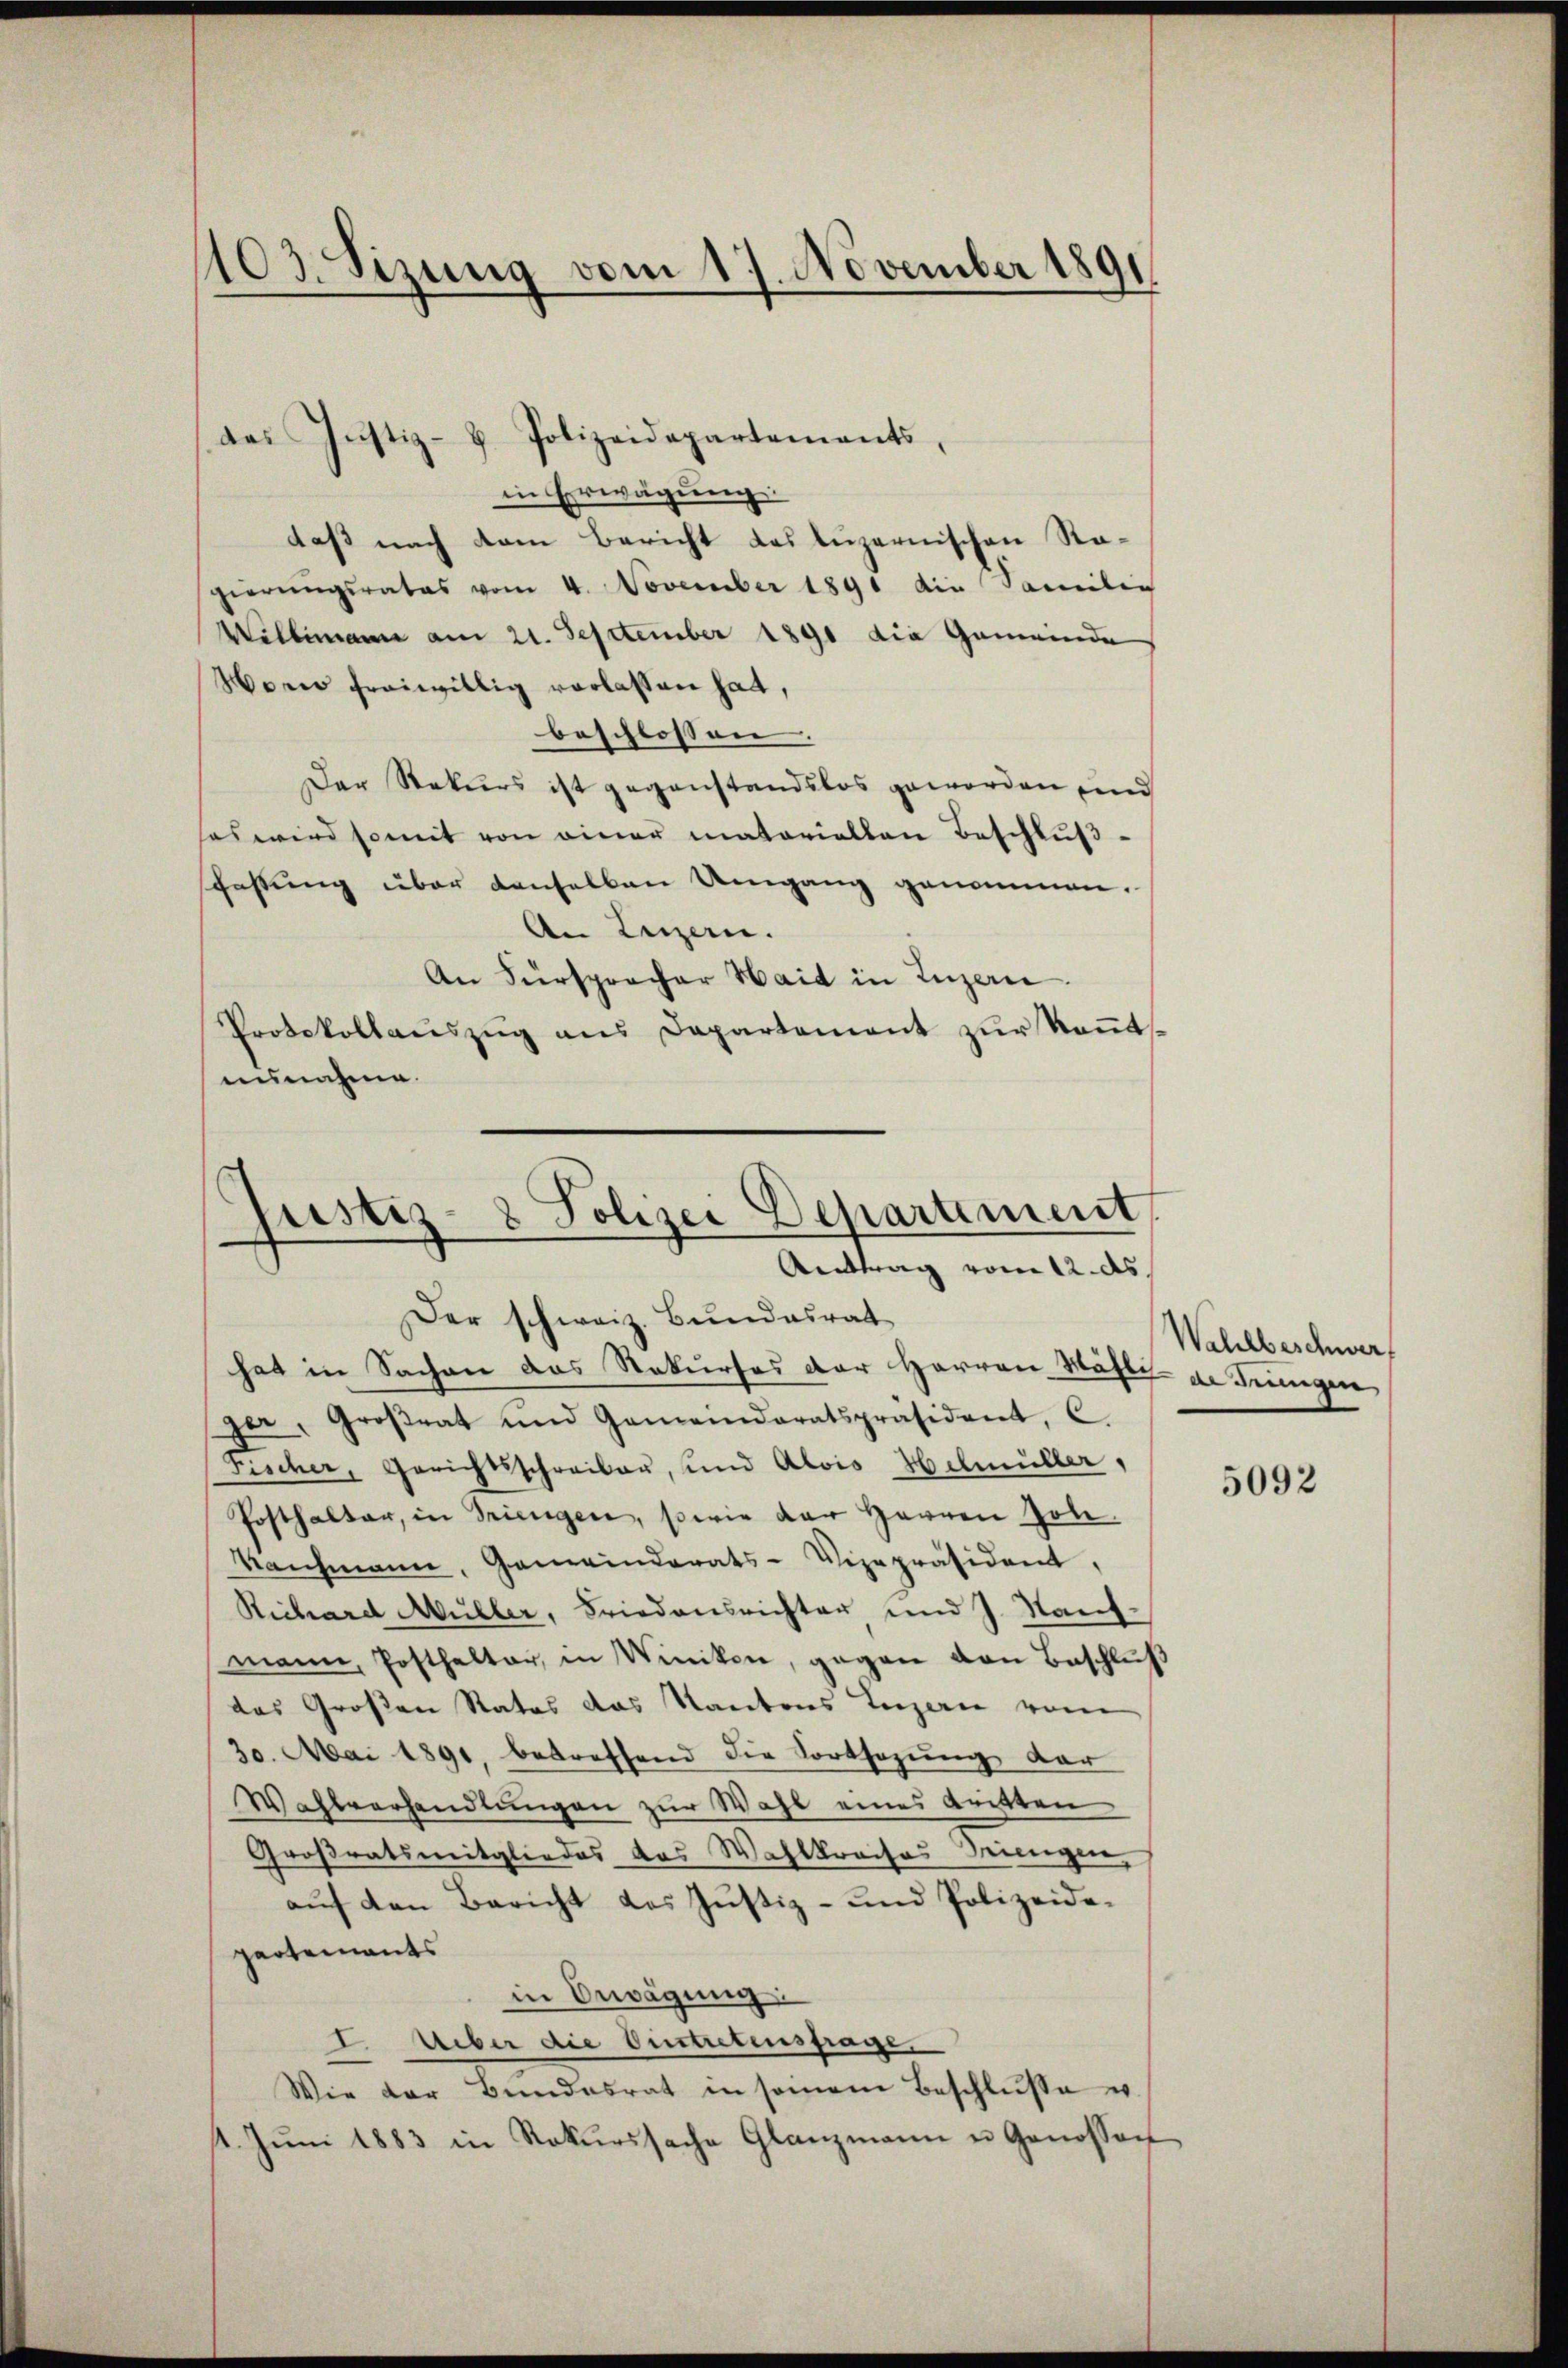
103. Sizung vom 17. November 1891

in Erwägung:
daß nach dem Bericht des luzernischen Ragierungsrates vom 4. November 1891 die Familie
Willemann am 21. September 1890 die Gemeinde
Woner freiwillig verlassen hat,
beschlossen. |
Der Stekurs ist gegenstandslos geworden und
sas wird somit von einer matoriallen Beschluß-
schaffung über denselben Umgang genommen.
An Luzern.
An Fürsprocher Haid in Luzern.
Protokollauszug aus Departement zur Rentsuunahme.

das Justiz- & Polizeidepartements,
d

Justiz- & Polizei Departement
Attrag vom 12. ds
Der schweiz. Bundesrat

hat in Sachen das Rekurses der Herren Mähli- de drungen
per, Großrat und Gemeindratspräsident, C.
Fischer, Gerichtsschreiber, und Alois Helmüller,
Posthalter, in Triengen, sowie der Herren Joh.
Rahmann, Gemeinderats-Vizepräsident,
Richard Müller, Friedensrichter und J. Naufmann, Posthalter, in Winiken, gegen den Beschlŭβ
das Großen Rates das Kantons Luzerne vom
30. Mai 1891, betreffend die Fortsezung der
Wahlverhandlungen zur Wahl eines tritten
Großratsmitgliedes das Wahlkreises Triengen,
auf den Bericht des Justiz- und Polizeidepartements
in Bewägung:
I Ueber die Austretensfrage,
Wie der Bundesrat in seinem Beschlŭsse u.
1. Jŭni 1883 in Rekŭrssache Glanzmann u. Genossen

Wahlbeschwer,

5092